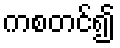
ကစတင်၍